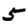
Digit: 5